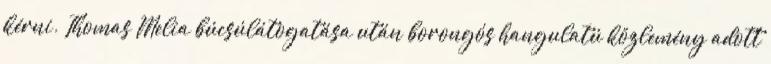
kérni. Thomas Melia búcsúlátogatása után borongós hangulatú közlemény adott